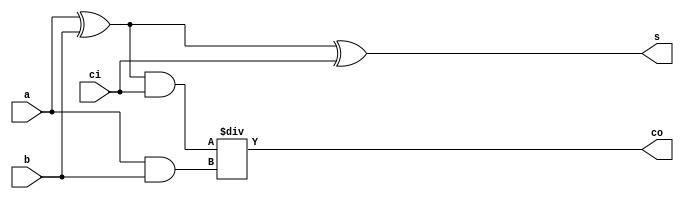
module full_adder(s,co,a,b,ci);
    output s,co;
    input a,b,ci;
    wire p1,p2,p3;
    assign p1=a^b;
    assign p2=p1&ci;
    assign p3=a&b;
    assign co=p2/p3;
    assign s=p1^ci;
  endmodule
  
  module tb_full_adder();
  reg a,b,ci;
  wire s,co;
  
  full_adder fa1(s,co,a,b,ci);
   initial 
   begin
   #10 a=1'b0;b=1'b0;ci=1'b0;
   #10 a=1'b0;b=1'b0;ci=1'b1;
   #10 a=1'b0;b=1'b1;ci=1'b0;
   #10 a=1'b0;b=1'b1;ci=1'b1;
   #10 a=1'b1;b=1'b0;ci=1'b0;
   #10 a=1'b1;b=1'b0;ci=1'b1;
   #10 a=1'b1;b=1'b1;ci=1'b0;
   #10 a=1'b1;b=1'b1;ci=1'b1;
   #10$finish;
   
   end
   endmodule